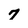
Character: 7